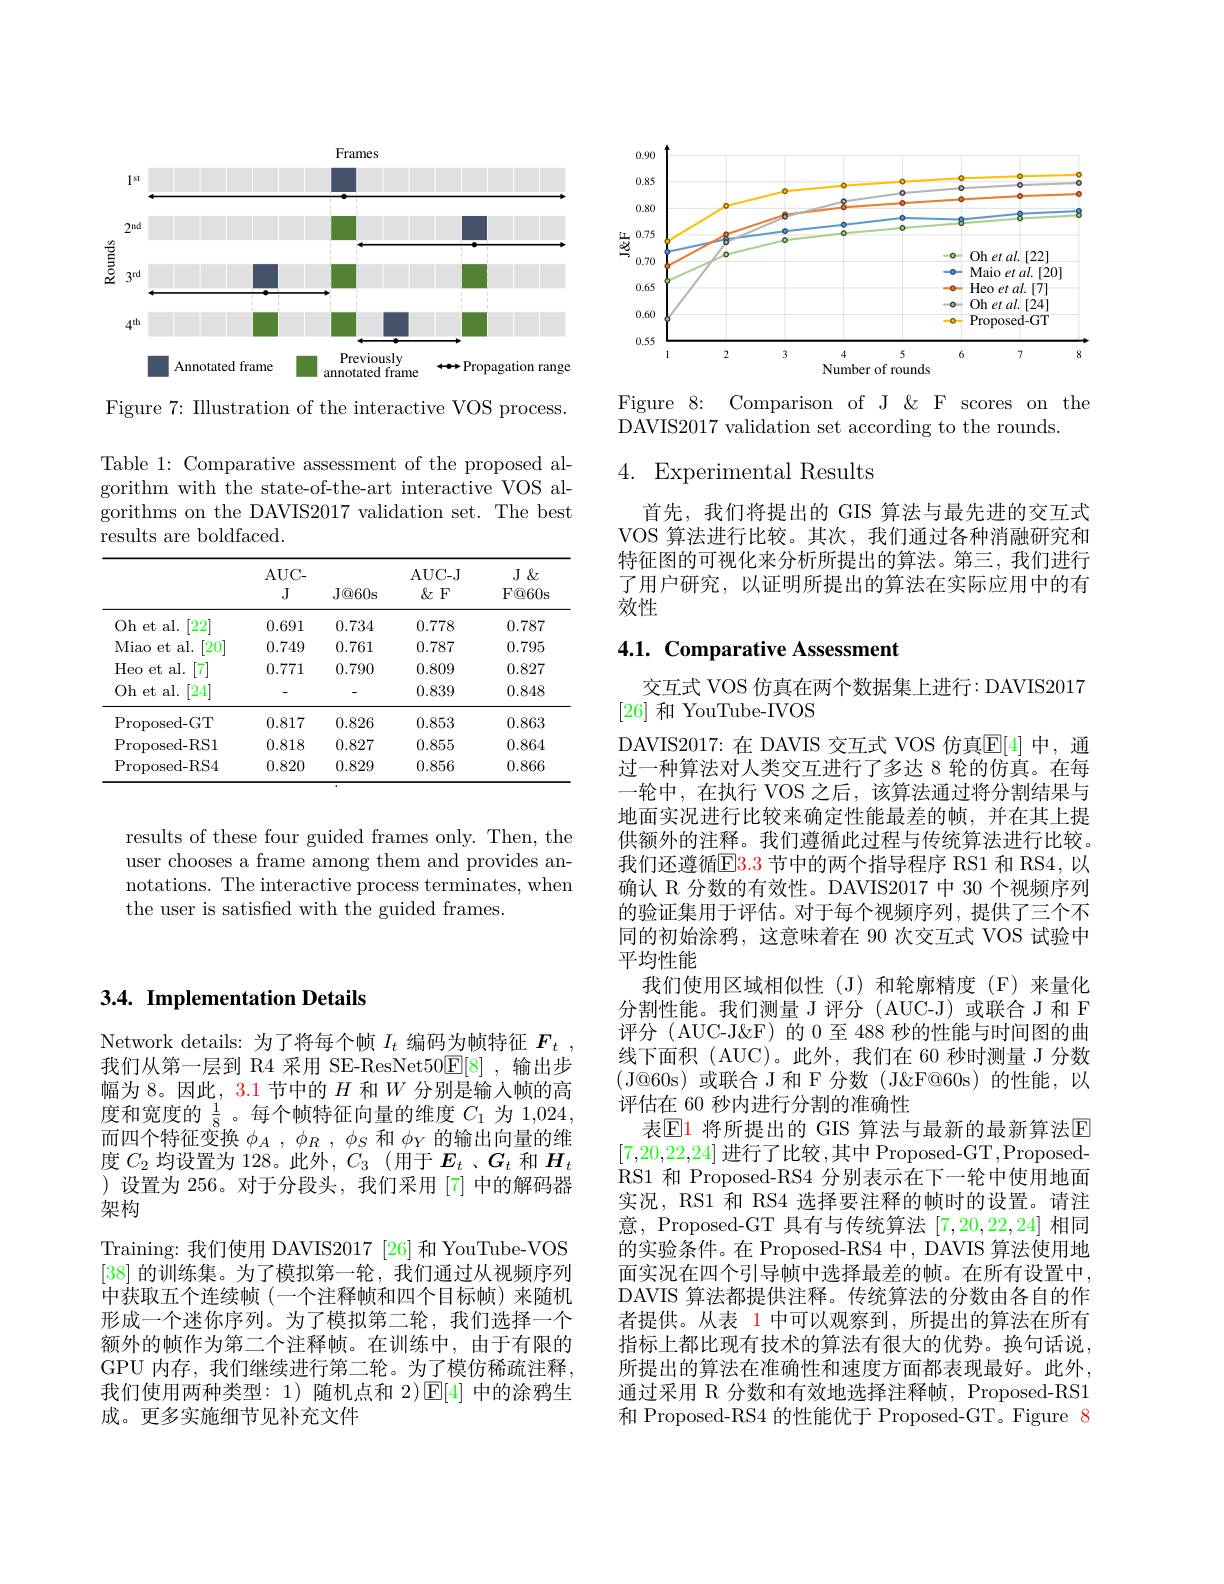
<FigureHere>

Figure 7: Illustration of the interactive VOS process.

Table 1: Comparative assessment of the proposed algorithm with the state-of-the-art interactive VOS algorithms on the DAVIS2017 validation set. The best results are boldfaced.

<table>
	<tbody>
		<tr>
			<th> </th>
			<th>$AUC-$ J</th>
			<th>$J@60$s</th>
			<th>AUC- J $\&$F</th>
			<th>$J \&$ F@ 60s</th>
		</tr>
		<tr>
			<td>Oh et al. $[22^{\cdot}$</td>
			<td>0.691</td>
			<td>0.734</td>
			<td>0.778</td>
			<td>0.787</td>
		</tr>
		<tr>
			<td>Miao et a al. $20^{\cdot}$</td>
			<td>0.749</td>
			<td>0.761</td>
			<td>0.787</td>
			<td>0.795</td>
		</tr>
		<tr>
			<td>Heo et al. 7</td>
			<td>0.771</td>
			<td>0.790</td>
			<td>0.809</td>
			<td>0.827</td>
		</tr>
		<tr>
			<td>Oh et al. [24]</td>
			<td> </td>
			<td> </td>
			<td>0.839</td>
			<td>0.848</td>
		</tr>
		<tr>
			<td>Proposed- GT</td>
			<td>0.817</td>
			<td>0.826</td>
			<td>0.853</td>
			<td>0.863</td>
		</tr>
		<tr>
			<td>Proposed- RS1</td>
			<td>0.818</td>
			<td>0.827</td>
			<td>0.855</td>
			<td>0.864</td>
		</tr>
		<tr>
			<td>Proposed- RS4</td>
			<td>0.820</td>
			<td>0.829</td>
			<td>0.856</td>
			<td>0.866</td>
		</tr>
	</tbody>
</table>

results of these four guided frames only. Then, the user chooses a frame among them and provides annotations. The interactive process terminates, when the user is satisfied with the guided frames.

## $3. 4. \textbf{Implementation Details}$

Network details: 为了将每个帧$I_t$编码为帧特征$F_t$ 我们从第一层到 R4 采用 SE-ResNet50$\overline {\mathrm{E} }$[ 8] , 输出步幅为 8。因此，3.1 节中的$H$和$W$分别是输人帧的高度和宽度的$\frac{1}{8}$ 。每个帧特征向量的维度$C_1$为 1,024, 而四个特征变换$\phi _A$ , $\phi _R$ , $\phi _S$和$\phi_Y$的输出向量的维度$C_2$均设置为 128。此外，$C_3$ (用于 $E_t$ 、$G_t$ 和 $H_t$ )设置为 256。对于分段头，我们采用[7] 中的解码器架构
Training: 我们使用 DAVIS2017 [26] 和 YouTube-VOS [38]的训练集。为了模拟第一轮，我们通过从视频序列中获取五个连续帧(一个注释帧和四个目标帧)来随机形成一个迷你序列。为了模拟第二轮，我们选择一个额外的帧作为第二个注释帧。在训练中，由于有限的GPU 内存，我们继续进行第二轮。为了模仿稀疏注释。我们使用两种类型：1)随机点和 2)$\operatorname{E}[4]$中的涂鸦生成。更多实施细节见补充文件

<FigureHere>

Figure 8: Comparison of J & & F scores on the
$\bar{\text{DAVIS2017 validation set according to the rounds.}}$

## 4. Experimental Results

首先，我们将提出的 GIS 算法与最先进的交互式VOS 算法进行比较。其次，我们通过各种消融研究和特征图的可视化来分析所提出的算法。第三，我们进行了用户研究，以证明所提出的算法在实际应用中的有效性

# 4.1. Comparative Assessment

交互式 VOS 仿真在两个数据集上进行：DAVIS2017
[26]和 YouTube-IVOS
DAVIS2017:在 DAVIS 交互式 VOS 仿真$\mathbb{E}[4]$ 中，通过一种算法对人类交互进行了多达 8 轮的仿真。在每一轮中、在执行 VOS 之后、该算法通过将分割结果与地面实况进行比较来确定性能最差的帧，并在其上提供额外的注释。我们遵循此过程与传统算法进行比较。我们还遵循$\overline{\mathrm{E}}3.3$ 节中的两个指导程序 RS1 和 RS4,以确认 R 分数的有效性。DAVIS2017 中 30 个视频序列的验证集用于评估。对于每个视频序列，提供了三个不同的初始涂鸦，这意味着在 90 次交互式 VOS 试验中平均性能
我们使用区域相似性(J)和轮廓精度(F)来量化分割性能。我们测量 J 评分(AUC-J)或联合 J 和 F 评分(AUC-J&F) 的 0 至 488 秒的性能与时间图的曲线下面积 (AUC)。此外，我们在 60 秒时测量 J 分数(J@60s)或联合 J 和 F 分数(J&F@60s)的性能，以评估在 60 秒内进行分割的准确性
表$\boxed{\mathrm{E1}}$ 将所提出的 GIS 算法与最新的最新算法$\boxed{\mathrm{F}}$ [7,20,22,24] 进行了比较，其中 Proposed-GT,ProposedRS1 和 Proposed-RS4 分别表示在下一轮中使用地面实况，RS1 和 RS4 选择要注释的帧时的设置。请注意，Proposed-GT 具有与传统算法[7,20,22,24]相同的实验条件。在 Proposed-RS4 中，DAVIS 算法使用地面实况在四个引导帧中选择最差的帧。在所有设置中， DAVIS 算法都提供注释。传统算法的分数由各自的作者提供。从表 1 中可以观察到，所提出的算法在所有指标上都比现有技术的算法有很大的优势。换句话说所提出的算法在准确性和速度方面都表现最好。此外， 通过采用 R 分数和有效地选择注释帧，Proposed-RS1和 Proposed-RS4 的性能优于 Proposed-GT。Figure 8